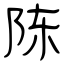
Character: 陈